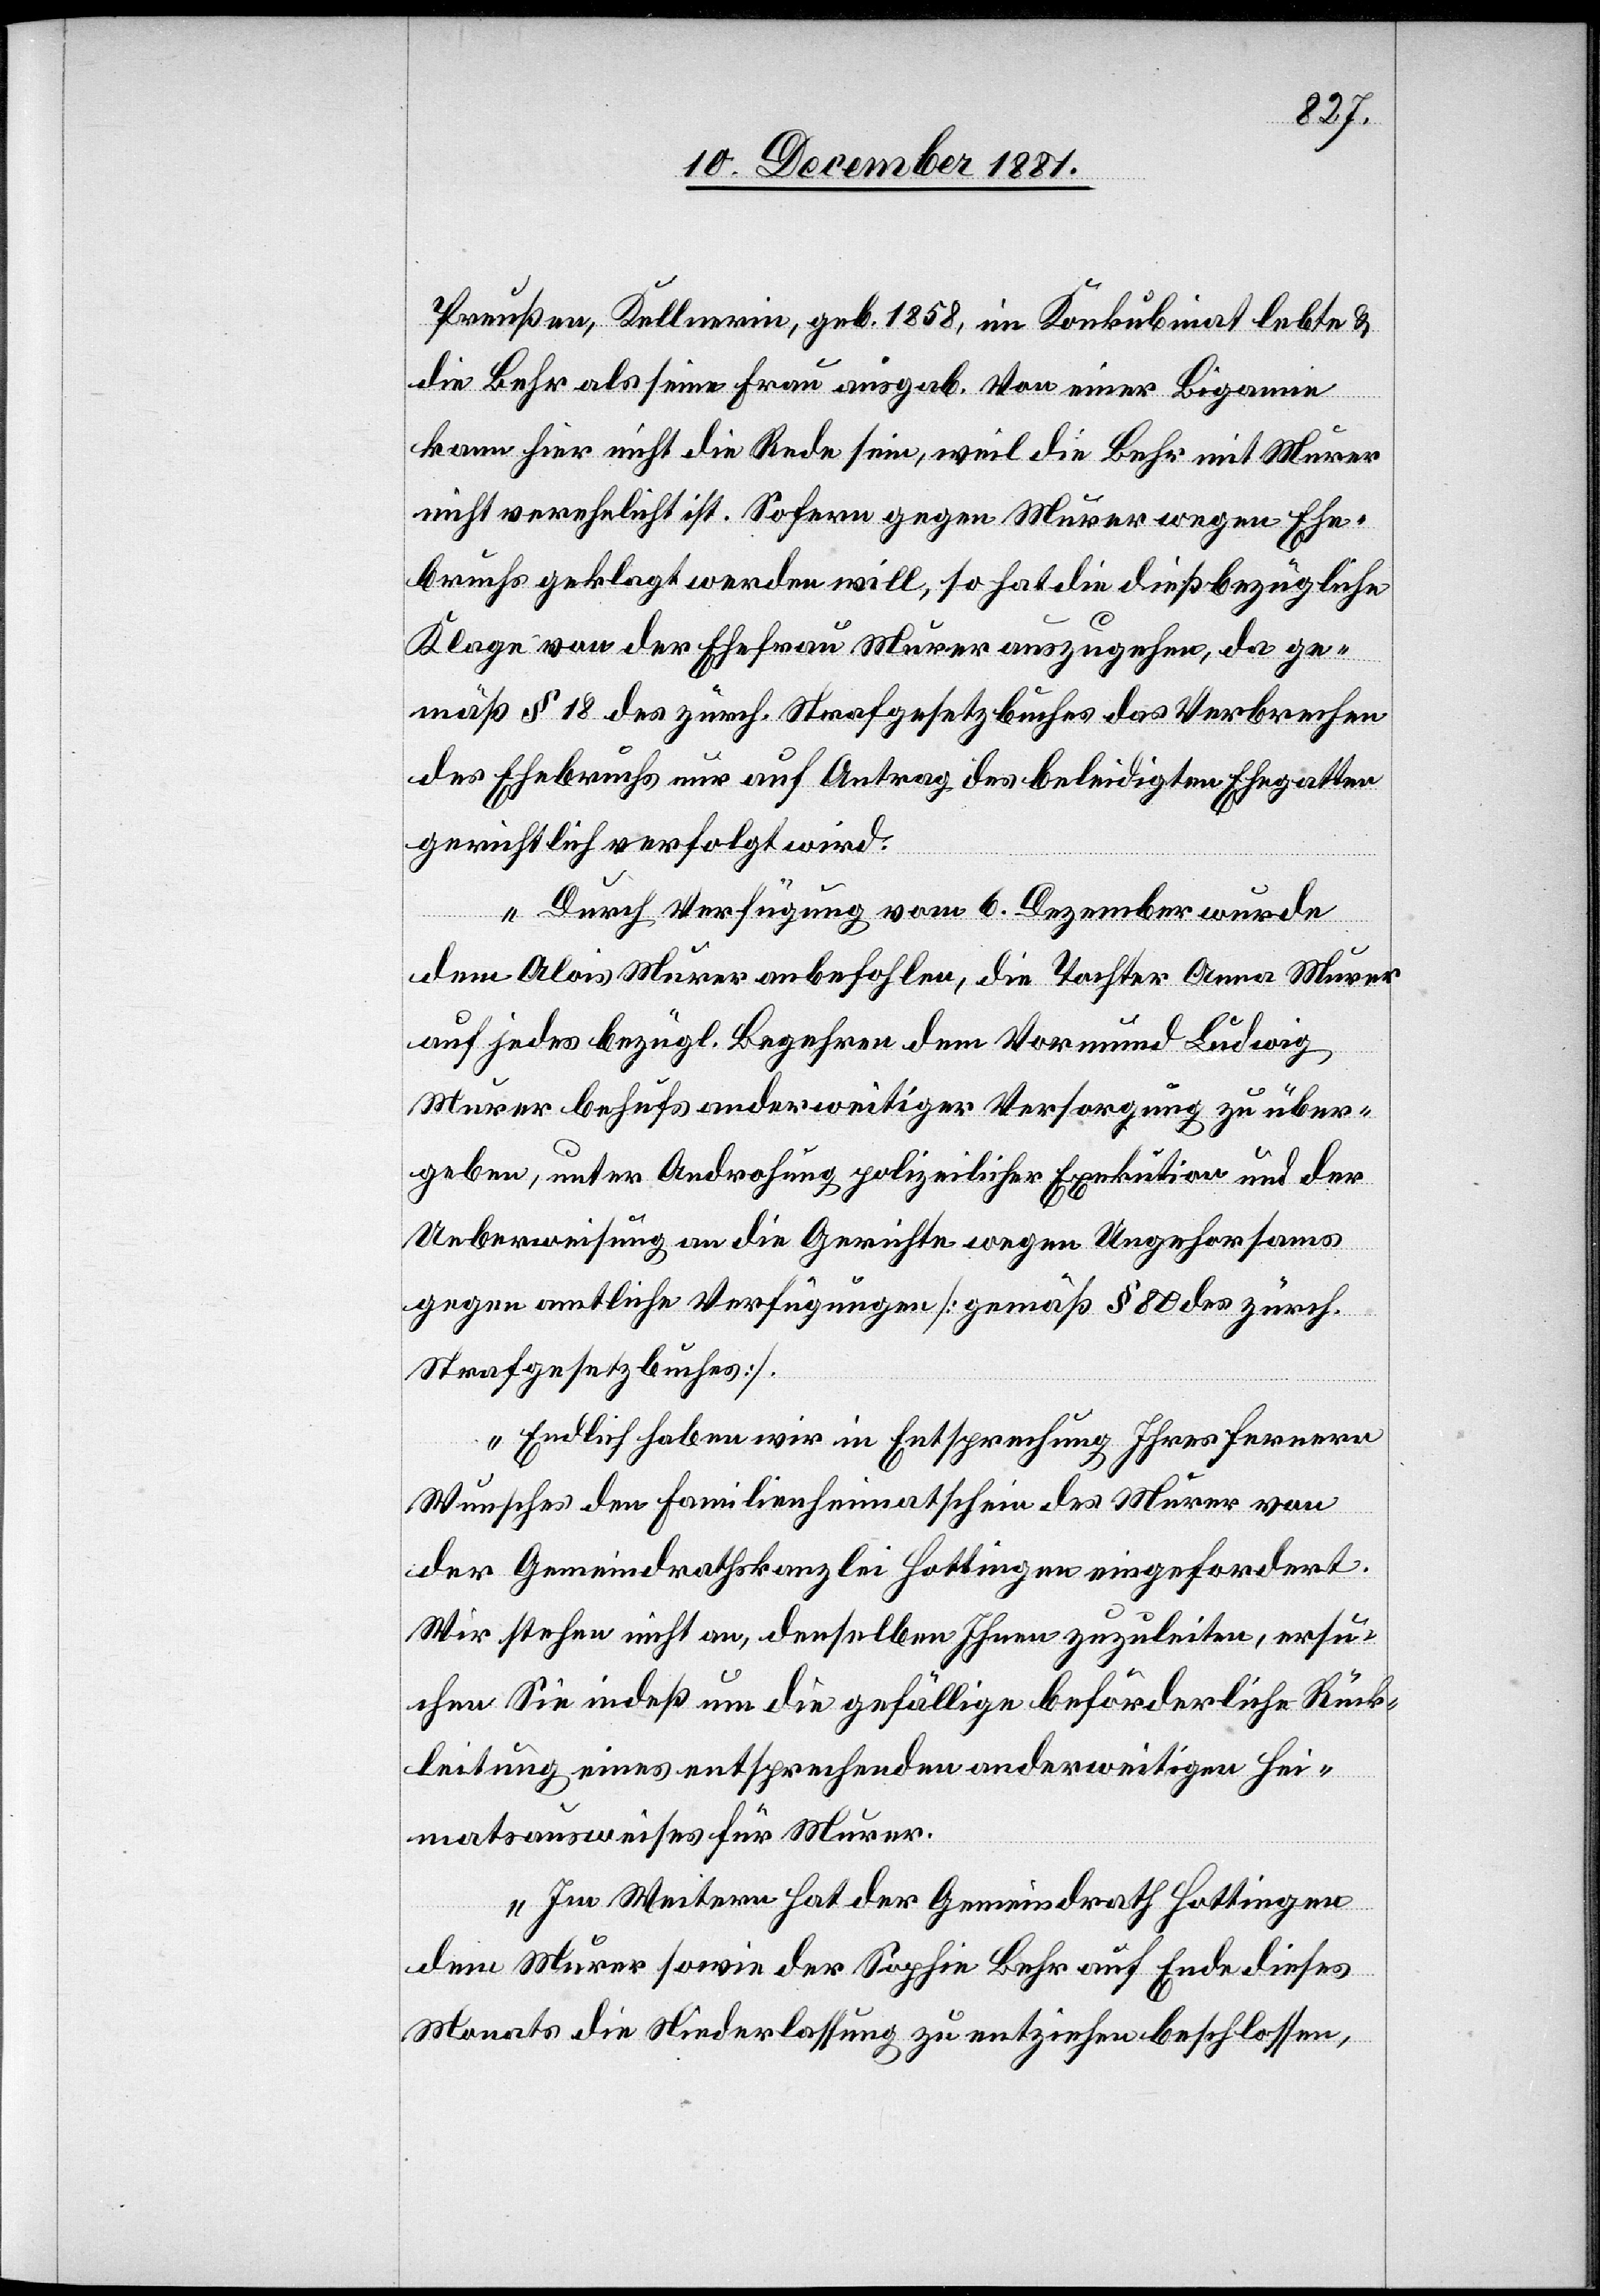
Preußen, Kellnerin, geb. 1858, im Konkubinat lebte &
die Behr als seine Frau ausgab. Von einer Bigamie
kann hier nicht die Rede sein, weil die Behr mit Murer
nicht verehelicht ist. Sofern gegen Murer wegen Ehe¬
bruchs geklagt werden will, so hat die dießbezügliche
Klage von der Ehefrau Murer auszugehen, da ge¬
mäß § 18 des zürch. Strafgesetzbuches das Verbrechen
des Ehebruchs nur auf Antrag des beleidigten Ehegatten
gerichtlich verfolgt wird.
Durch Verfügung vom 6. Dezember wurde
dem Alois Murer anbefohlen, die Tochter Anna Murer
auf jedes bezügl. Begehren dem Vormund Ludwig
Murer behufs anderweitiger Versorgung zu über¬
geben, unter Androhung polizeilicher Exekution und der
Ueberweisung an die Gerichte wegen Ungehorsams
gegen amtliche Verfügungen [gemäß § 80 des zürch.
Strafgesetzbuches].
Endlich haben wir in Entsprechung Ihres fernern
Wunsches den Familienheimatschein des Murer von
der Gemeindrathskanzlei Hottingen eingefordert.
Wir stehen nicht an, denselben Ihnen zuzuleiten, ersu¬
chen Sie indeß um die gefällige beförderliche Rück¬
leitung eines entsprechenden anderweitigen Hei¬
matsausweises für Murer.
Im Weitern hat der Gemeindrath Hottingen
dem Murer sowie der Sophie Behr auf Ende dieses
Monats die Niederlassung zu entziehen beschlossen,